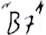
Text: "B7"